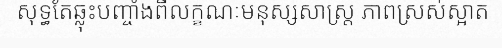
សុទ្ធតែឆ្លុះបញ្ចាំងពីលក្ខណៈមនុស្សសាស្ត្រ ភាពស្រស់ស្អាត